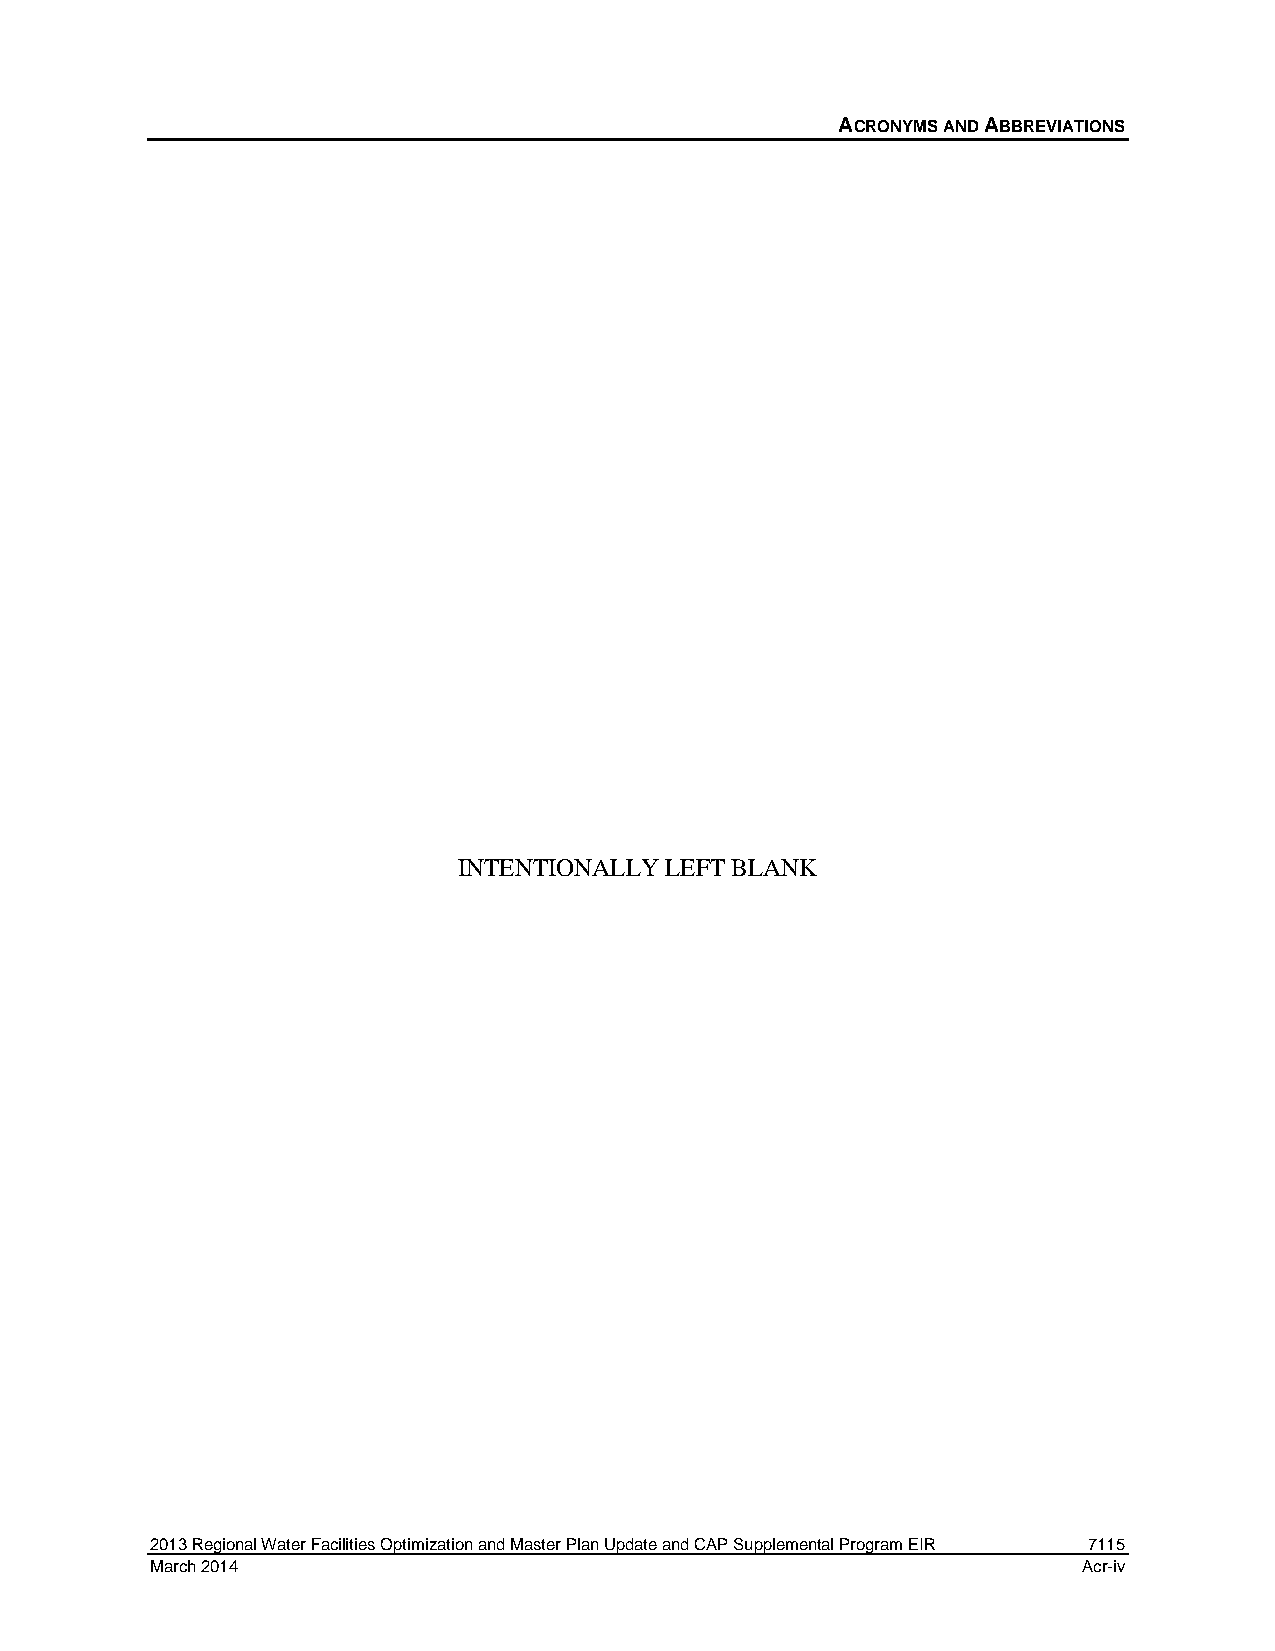
ACRONYMS AND ABBREVIATIONS
 INTENTIONALLY LEFT BLANK
 2013 Regional Water Facilities Optimization and Master Plan Update and CAP Supplemental Program EIR 7115
 March 2014                                                    Acr-iv